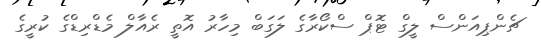
ޗެންޕިއަންސް ލީގް ޓޮޕް ސްކޯރާގެ ލަގަބް މިހާރު އޮތީ ރެއާލް މެޑްރިޑްގެ ކުރީގެ